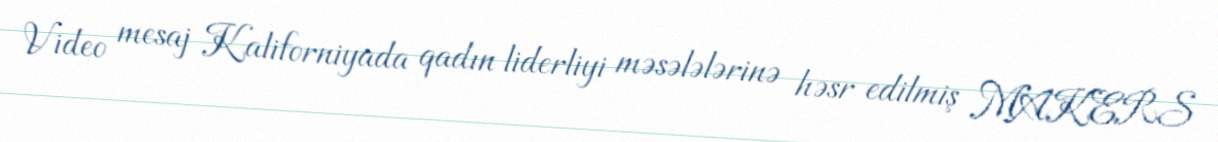
Video mesaj Kaliforniyada qadın liderliyi məsələlərinə həsr edilmiş MAKERS